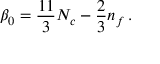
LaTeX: \beta _ { 0 } = \frac { 1 1 } { 3 } N _ { c } - \frac { 2 } { 3 } n _ { f } \, .